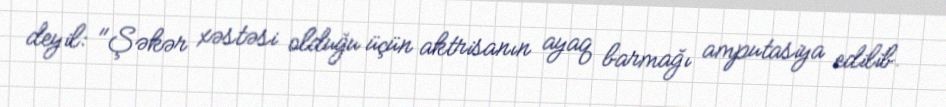
deyil: "Şəkər xəstəsi olduğu üçün aktrisanın ayaq barmağı amputasiya edilib.